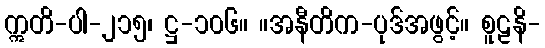
ဣတိ-ပါ-၂၁၅၊ ဋ္ဌ-၁၀၆။ ။အနီတိက-ပုဒ်အဖွင့်။ စူဠနိ-